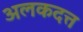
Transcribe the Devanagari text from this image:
अलकदत्त